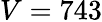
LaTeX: V=743